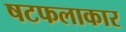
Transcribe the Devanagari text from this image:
षटफलाकार